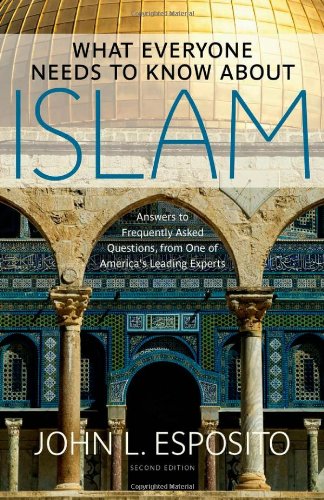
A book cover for What Everyone Needs to Know about Islam; John L. Esposito; Reference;